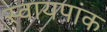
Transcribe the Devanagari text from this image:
स्वायपांक